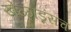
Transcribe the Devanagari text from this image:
खेळाडूसच